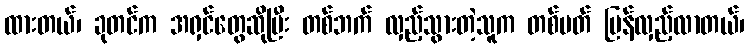
ထားတယ်၊ ခုတင်က အရှင်တွေဆိုပြီး တစ်ဘက် လှည့်သွားတဲ့သူက တစ်ပတ် ပြန်လှည့်လာတယ်၊